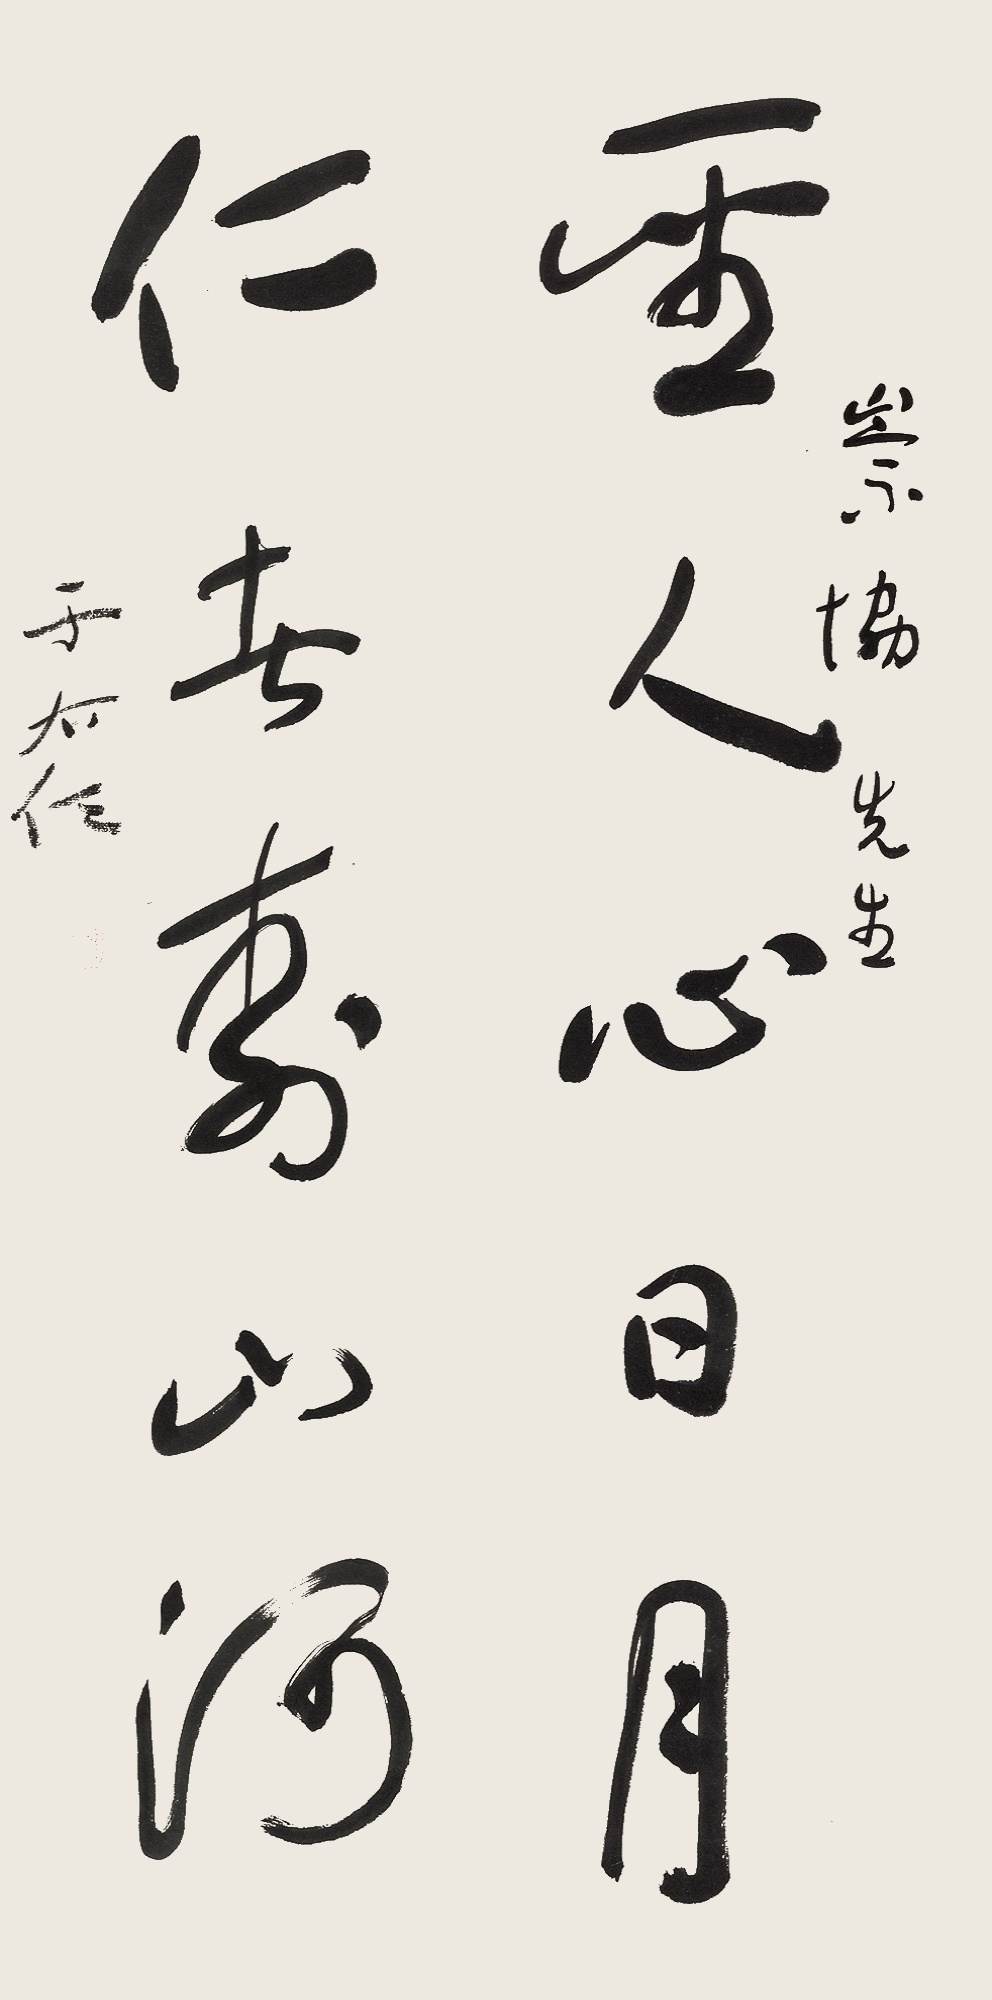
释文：圣人心日月，仁者寿山河。崇协先生。于右任。